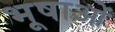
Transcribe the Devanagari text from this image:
भूषाओं